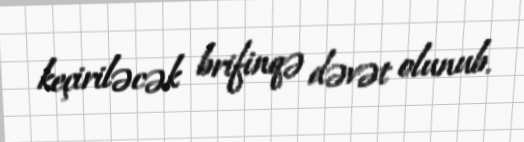
keçiriləcək brifinqə dəvət olunub.